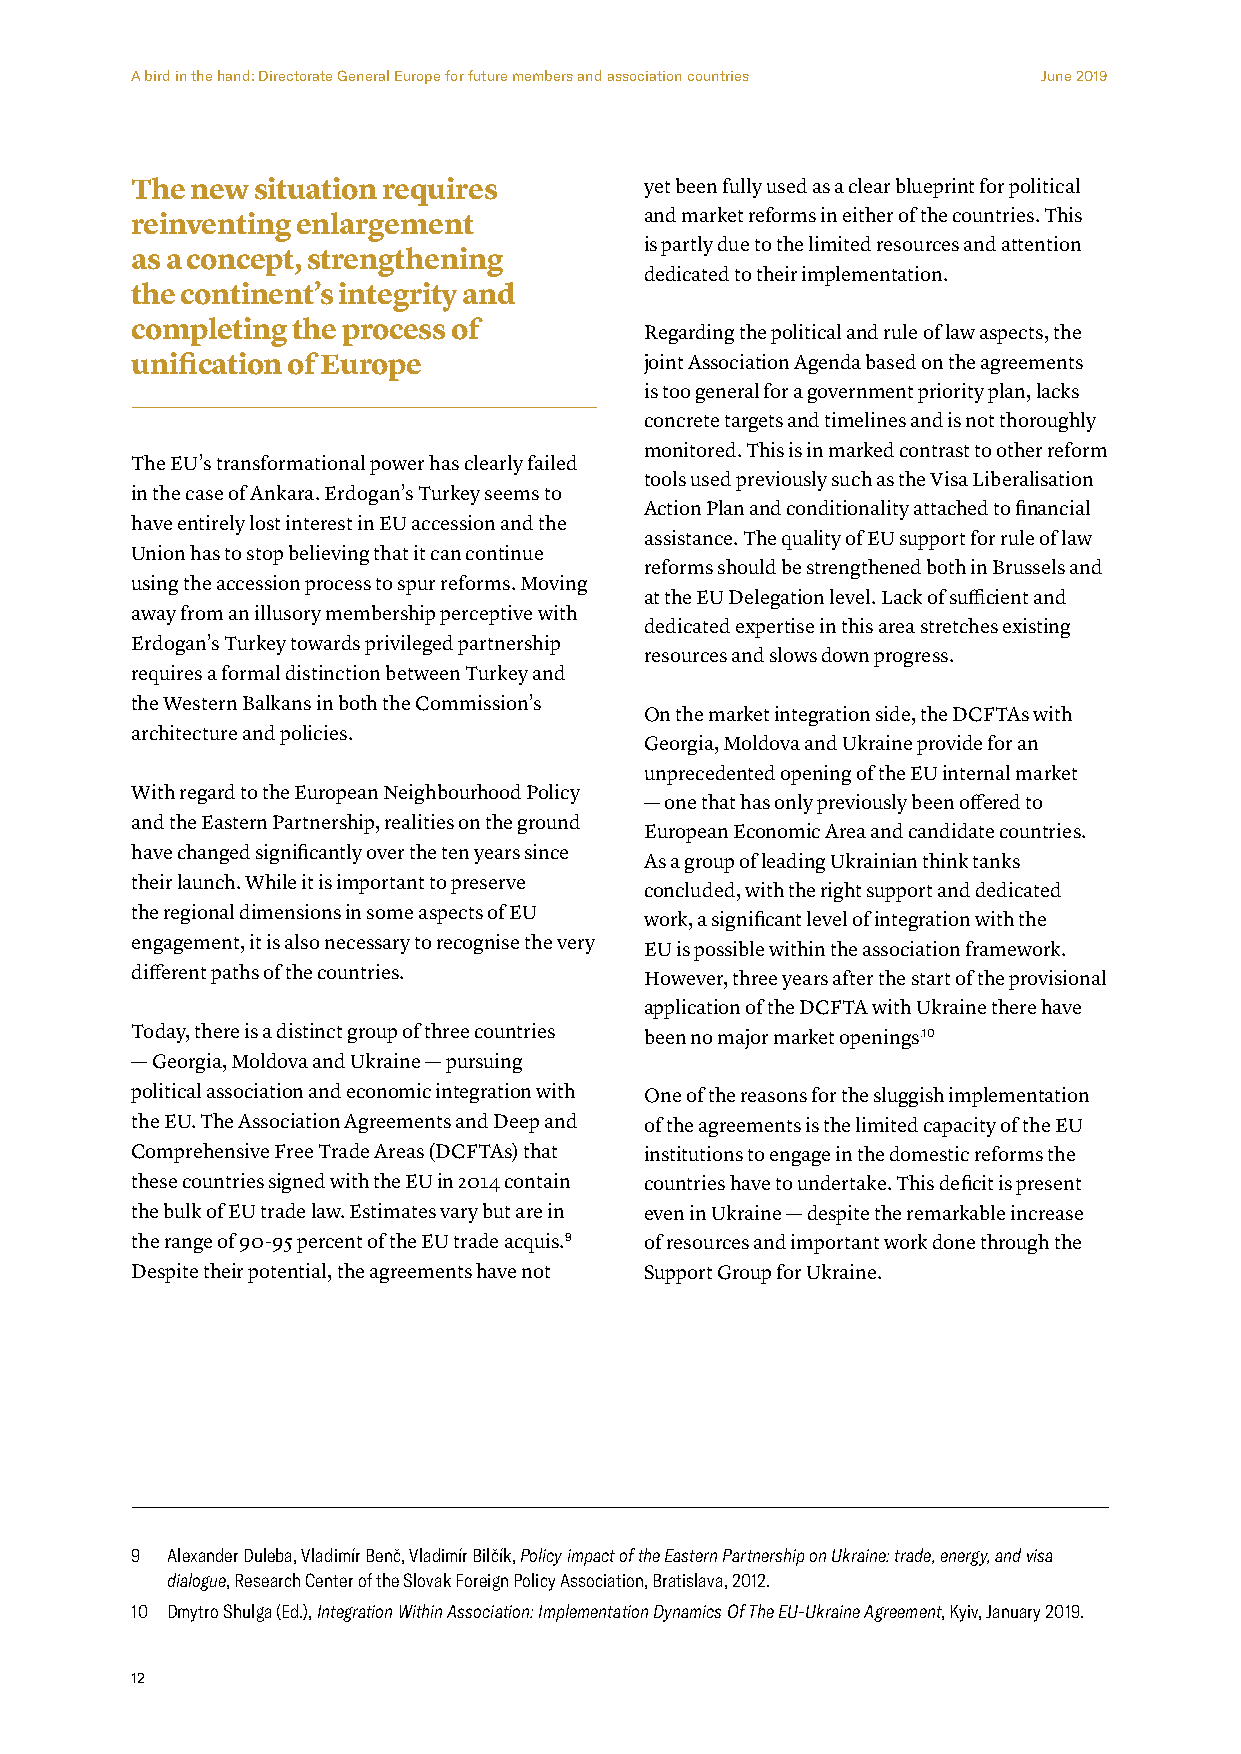
A bird in the hand: Directorate General Europe for future members and association countries June 2019
 The new situation requires        yet been fully used as a clear blueprint for political
 and market reforms in either of the countries. This
 reinventing enlargement
 is partly due to the limited resources and attention
 as a concept, strengthening
 dedicated to their implementation.
 the continent’s integrity and
 completing the process of         Regarding the political and rule of law aspects, the
 unification of Europe             joint Association Agenda based on the agreements
 is too general for a government priority plan, lacks
 concrete targets and timelines and is not thoroughly
 monitored. This is in marked contrast to other reform
 The EU’s transformational power has clearly failed
 tools used previously such as the Visa Liberalisation
 in the case of Ankara. Erdogan’s Turkey seems to
 Action Plan and conditionality attached to financial
 have entirely lost interest in EU accession and the
 assistance. The quality of EU support for rule of law
 Union has to stop believing that it can continue
 reforms should be strengthened both in Brussels and
 using the accession process to spur reforms. Moving
 at the EU Delegation level. Lack of sufficient and
 away from an illusory membership perceptive with
 dedicated expertise in this area stretches existing
 Erdogan’s Turkey towards privileged partnership
 resources and slows down progress.
 requires a formal distinction between Turkey and
 the Western Balkans in both the Commission’s
 On the market integration side, the DCFTAs with
 architecture and policies.
 Georgia, Moldova and Ukraine provide for an
 unprecedented opening of the EU internal market
 With regard to the European Neighbourhood Policy
 — one that has only previously been offered to
 and the Eastern Partnership, realities on the ground
 European Economic Area and candidate countries.
 have changed significantly over the ten years since
 As a group of leading Ukrainian think tanks
 their launch. While it is important to preserve
 concluded, with the right support and dedicated
 the regional dimensions in some aspects of EU
 work, a significant level of integration with the
 engagement, it is also necessary to recognise the very
 EU is possible within the association framework.
 different paths of the countries. However, three years after the start of the provisional
 application of the DCFTA with Ukraine there have
 Today, there is a distinct group of three countries been no major market openings.10
 — Georgia, Moldova and Ukraine — pursuing
 political association and economic integration with One of the reasons for the sluggish implementation
 the EU. The Association Agreements and Deep and of the agreements is the limited capacity of the EU
 Comprehensive Free Trade Areas (DCFTAs) that institutions to engage in the domestic reforms the
 these countries signed with the EU in 2014 contain countries have to undertake. This deficit is present
 the bulk of EU trade law. Estimates vary but are in even in Ukraine — despite the remarkable increase
 the range of 90-95 percent of the EU trade acquis.9 of resources and important work done through the
 Despite their potential, the agreements have not Support Group for Ukraine.
 9 Alexander Duleba, Vladimír Benč, Vladimír Bilčík, Policy impact of the Eastern Partnership on Ukraine: trade, energy, and visa
 dialogue, Research Center of the Slovak Foreign Policy Association, Bratislava, 2012.
 10 Dmytro Shulga (Ed.), Integration Within Association: Implementation Dynamics Of The EU-Ukraine Agreement, Kyiv, January 2019.
 12